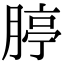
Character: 𦝞